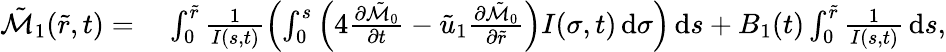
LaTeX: \begin{array}{rl}{\tilde{\mathcal{M}}_{1}(\tilde{r},t)=}&{\; \int_{0}^{\tilde{r}}\frac{1}{I(s,t)}\left(\int_{0}^{s}\left(4\frac{\partial\tilde{\mathcal{M}}_{0}}{\partial t}-\tilde{u}_{1}\frac{\partial\tilde{\mathcal{M}}_{0}}{\partial\tilde{r}}\right)I(\sigma,t)\, \mathrm{d}\sigma\right)\, \mathrm{d}s+B_{1}(t)\int_{0}^{\tilde{r}}\frac{1}{I(s,t)}\, \mathrm{d}s,}\end{array}